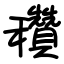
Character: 穳